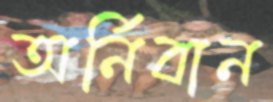
অর্নিবান